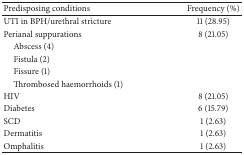
<table><thead><tr><td><b>Predisposing conditions</b></td><td><b>Frequency (%)</b></td></tr></thead><tbody><tr><td>UTI in BPH/urethral stricture</td><td>11 (28.95)</td></tr><tr><td>Perianal suppurations</td><td>8 (21.05)</td></tr><tr><td> Abscess (4)</td><td> </td></tr><tr><td> Fistula (2)</td><td> </td></tr><tr><td> Fissure (1)</td><td> </td></tr><tr><td> Thrombosed haemorrhoids (1)</td><td> </td></tr><tr><td>HIV</td><td>8 (21.05)</td></tr><tr><td>Diabetes</td><td>6 (15.79)</td></tr><tr><td>SCD</td><td>1 (2.63)</td></tr><tr><td>Dermatitis</td><td>1 (2.63)</td></tr><tr><td>Omphalitis</td><td>1 (2.63)</td></tr></tbody></table>